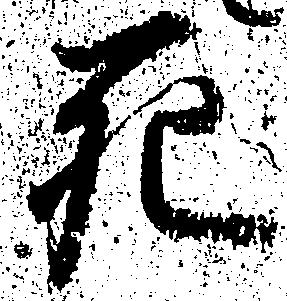
死